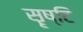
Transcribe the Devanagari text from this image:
सॄष्टि